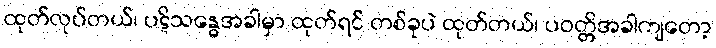
ထုတ်လုပ်တယ်၊ ပဋိသန္ဓေအခါမှာ ထုတ်ရင် တစ်ခုပဲ ထုတ်တယ်၊ ပဝတ္တိအခါကျတော့